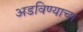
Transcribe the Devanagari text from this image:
अडविण्याचा